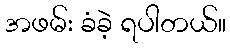
အဖမ်း ခံခဲ့ ရပါတယ်။